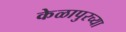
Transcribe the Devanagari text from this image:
केळापुरच्या